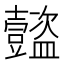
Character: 𧰝